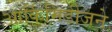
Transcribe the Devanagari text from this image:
आर्किमिडीजने